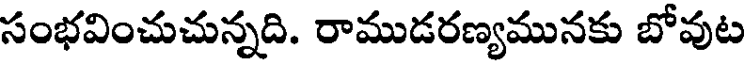
సంభవించుచున్నది. రాముడరణ్యమునకు బోవుట